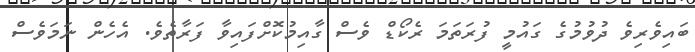
ބައިވެރިވެ ދުވުމުގެ ގައުމީ ފުރަތަމަ ރެކޯޑް ވެސް ގާއިމުކޮށްފައިވާ ފަރާތެވެ. އެހެން ނަމަވެސް